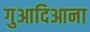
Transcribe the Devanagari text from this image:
गुआदिआना